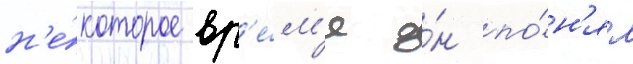
н'е́которое вр'е́м'я о́н по́н'ял